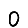
Digit: 0